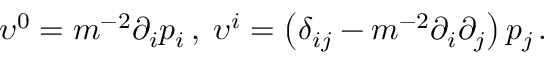
\upsilon ^ { 0 } = m ^ { - 2 } \partial _ { i } p _ { i } \, , \; \upsilon ^ { i } = \left( \delta _ { i j } - m ^ { - 2 } \partial _ { i } \partial _ { j } \right) p _ { j \, } .